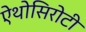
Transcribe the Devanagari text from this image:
ऐंथोसिरोटी